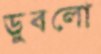
ডুবলো